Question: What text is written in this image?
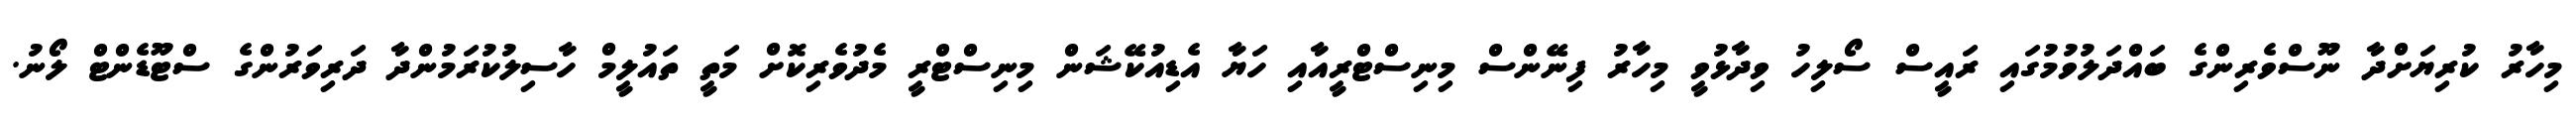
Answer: މިހާރު ކުރިޔަށްދާ ނޫސްވެރިންގެ ބައްދަލުވުމުގައި ރައީސް ސޯލިހު ވިދާޅުވީ މިހާރު ފިނޭންސް މިނިސްޓްރީއާއި ހަޔާ އެޑިއުކޭޝަން މިނިސްޓްރީ މެދުވެރިކޮށް މަތީ ތައުލީމް ހާސިލުކުރަމުންދާ ދަރިވަރުންގެ ސްޓޫޑެންޓް ލޯނު.